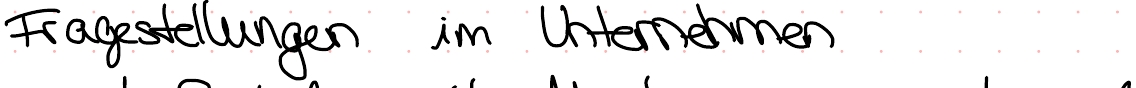
Fragestellungen im Unternehmen